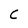
Character: C